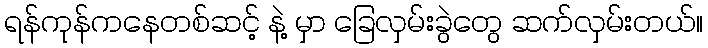
ရန်ကုန်ကနေတစ်ဆင့် နဲ့ မှာ ခြေလှမ်းခွဲတွေ ဆက်လှမ်းတယ်။